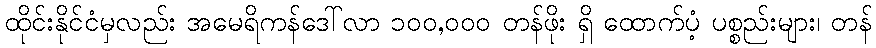
ထိုင်းနိုင်ငံမှလည်း အမေရိကန်ဒေါ်လာ ၁၀၀,၀၀၀ တန်ဖိုး ရှိ ထောက်ပံ့ ပစ္စည်းများ၊ တန်